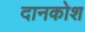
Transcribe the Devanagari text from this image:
दानकोश